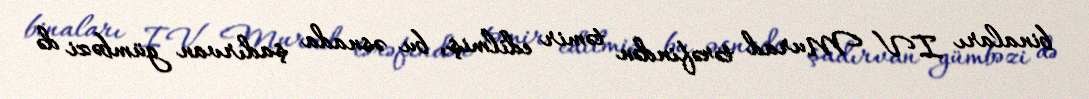
binaları IV Murad tərəfindən təmir edilmiş, bu əsnada şadırvan gümbəzi də